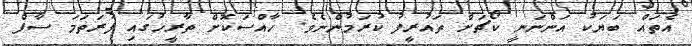
އެތައް ބަޔަކު އަންނަނީ ކޯޗަށް ތައުރީފު ކުރަމުންނެވެ. ހާއްސަކޮށް ތާރީހުގައި ފުރަތަމަ ސާފް